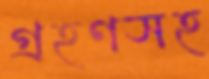
গ্রহণসহ